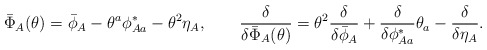
\begin{align*}\bar{\Phi}_A(\theta) = \bar{\phi}_A - \theta^a \phi^*_{A a} -\theta^2 \eta_A,\qquad\frac{\delta}{\delta \bar{\Phi}_A(\theta)} =\theta^2 \frac{\delta}{\delta \bar{\phi}_A} +\frac{\delta}{\delta \phi^*_{A a}} \theta_a -\frac{\delta}{\delta \eta_A}.\end{align*}